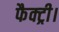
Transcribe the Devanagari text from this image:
फैक्ट्री।